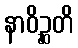
နာဝိဉ္ဆတိ